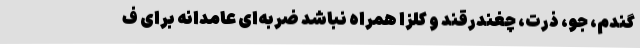
گندم، جو، ذرت، چغندرقند و کلزا همراه نباشد ضربه‌ای عامدانه برای ف